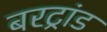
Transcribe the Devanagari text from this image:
बरट्रांड